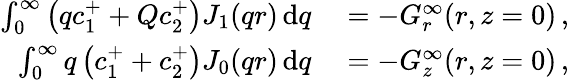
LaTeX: \begin{array}{rl}{\int_{0}^{\infty}\left(qc_{1}^{+}+Qc_{2}^{+}\right)J_{1}(qr)\, \mathrm{d}q}&{{}=-G_{r}^{\infty}(r,z=0)\, ,}\\ {\int_{0}^{\infty}q\left(c_{1}^{+}+c_{2}^{+}\right)J_{0}(qr)\, \mathrm{d}q}&{{}=-G_{z}^{\infty}(r,z=0)\, ,}\end{array}